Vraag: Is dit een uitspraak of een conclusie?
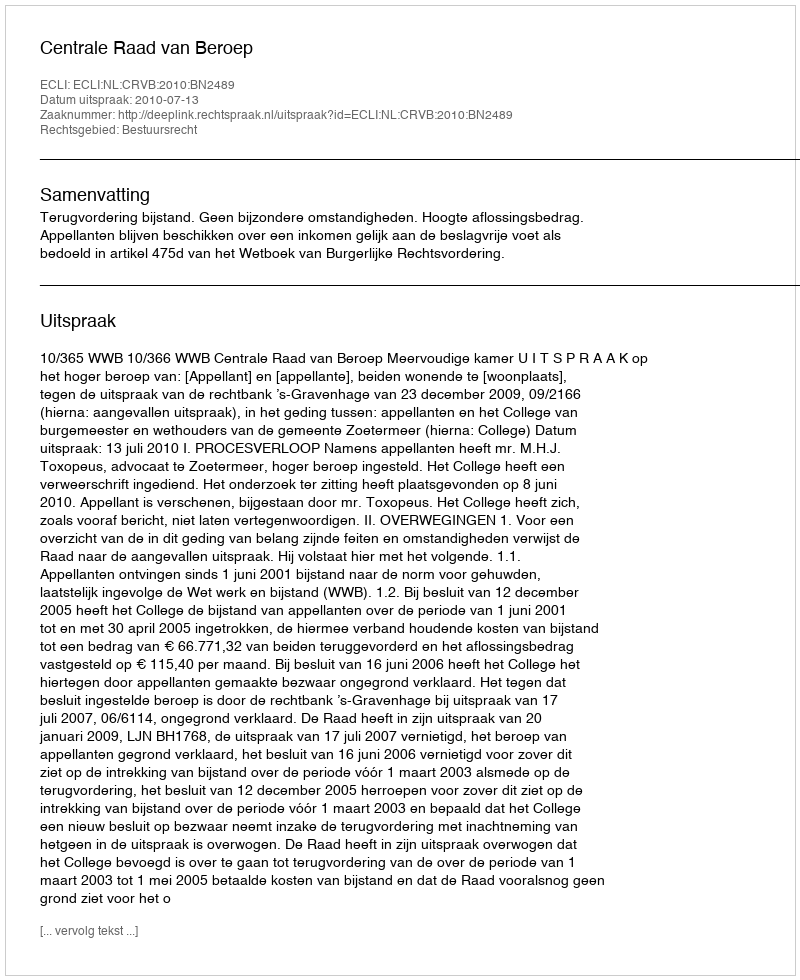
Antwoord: Uitspraak